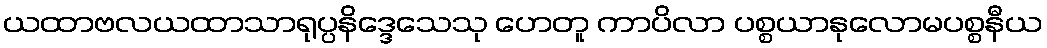
ယထာဗလယထာသာရုပ္ပနိဒ္ဒေသေသု ဟေတူ ကာပိလာ ပစ္စယာနုလောမပစ္စနီယ